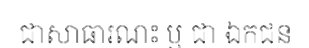
ជាសាធារណះ ឬ ជា ឯកជន